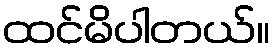
ထင်မိပါတယ်။